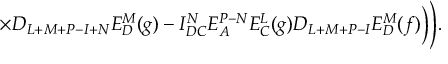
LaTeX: \times D _ { L + M + P - I + N } E _ { D } ^ { M } ( g ) - I _ { D C } ^ { N } E _ { A } ^ { P - N } E _ { C } ^ { L } ( g ) D _ { L + M + P - I } E _ { D } ^ { M } ( f ) \biggr ) \Biggr ) .